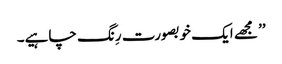
’’ مجھے ایک خوبصورت رِنگ چاہیے۔